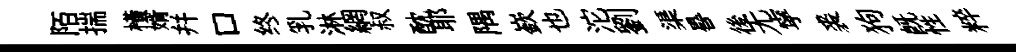
陌揣横婿幷口终乳淋網叔酖耶隅嶔也沱劉渠晷後无寜裘狗既性粹